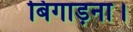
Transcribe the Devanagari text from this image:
बिगाड़ना।